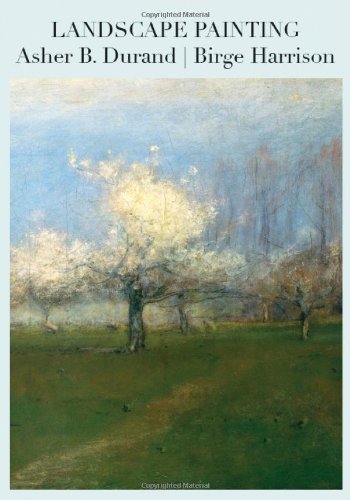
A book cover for Landscape Painting; Asher B. Durand; Arts & Photography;